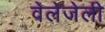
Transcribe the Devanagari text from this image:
वेलेजेली